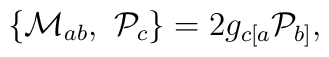
\{{\cal M}_{ab},\ {\cal P}_{c}\}=2g_{c[a}{\cal P}_{b]},